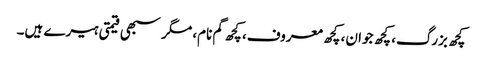
کچھ بزرگ، کچھ جوان، کچھ معروف، کچھ گم نام، مگر سبھی قیمتی ہیرے ہیں۔